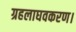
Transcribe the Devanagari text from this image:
ग्रहलाघवकरण।